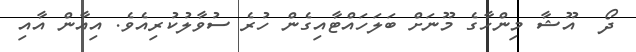
ދޯ  އޫޝާ މިންހާގެ މޫނަށް ބަލަހައްޓާއިގެން ހުރެ ސުވާލުކުރިއެވެ. އިއާން އާއި